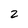
Character: 2